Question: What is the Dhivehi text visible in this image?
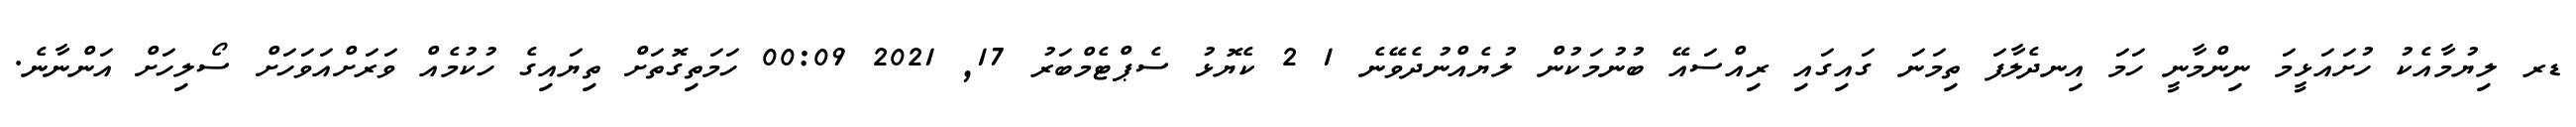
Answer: ޑރ ލިޔުމާއެކު ހުށައަޅީމަ ނިންމާނީ ހަމަ އިނދެލާފަ ތިމަނަ ގައިގައި ރިއްސައޭ ބުނުމަކުން ލުޔެއްނުދެވޭނެ 1 2 ކެޔޮޅު ސެޕްޓެމްބަރު 17, 2021 00:09 ހަމަތިގޮތަށް ތިޔައިގެ ހުކުމެއް ވަރަށްއަވަހަށް ސޯލިހަށް އަންނާނެ.